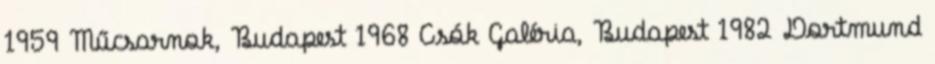
1959 Műcsarnok, Budapest 1968 Csók Galéria, Budapest 1982 Dortmund